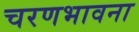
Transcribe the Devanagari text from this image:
चरणभावना